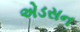
એડસન